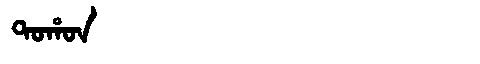
Manchu: ᡨᠣᡥᠣᠨ
Romanization: TOHON